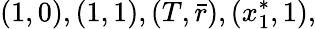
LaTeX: (1,0),(1,1),(T,\bar{r}),(x_{1}^{*},1),